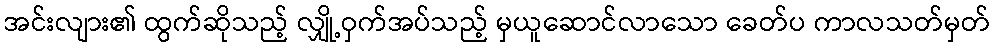
အင်းလျား၏ ထွက်ဆိုသည့် လျှို့ဝှက်အပ်သည့် မှယူဆောင်လာသော ခေတ်ပ ကာလသတ်မှတ်